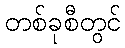
တစ်ခုစီတွင်